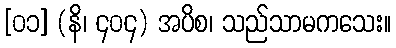
[၀၁] (နိ၊ ၄၀၄) အပိစ၊ သည်သာမကသေး။